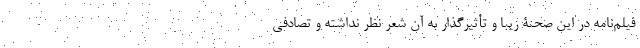
فیلم‌نامه در این صحنۀ زیبا و تأثیرگذار به آن شعر نظر نداشته و تصادفی